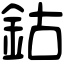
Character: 鈷